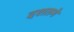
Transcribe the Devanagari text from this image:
दशतमे